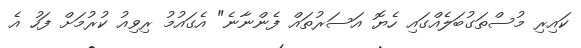
ކައިރި މުސްތަގުބަލެއްގައި ހެޔޮ އަސަރުތައް ފެންނާނެ" އެގައުމު ރިވިއު ކުރުމަށް ފަހު އެ